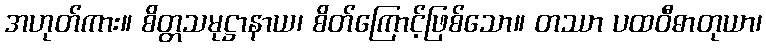
အဟုတ်ကား။ စိတ္တသမုဋ္ဌာနာယ၊ စိတ်ကြောင့်ဖြစ်သော။ တဿာ ပထဝီဓာတုယာ၊